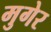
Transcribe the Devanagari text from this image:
मुगेर